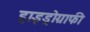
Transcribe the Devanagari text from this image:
हाइड्रोग्राफी